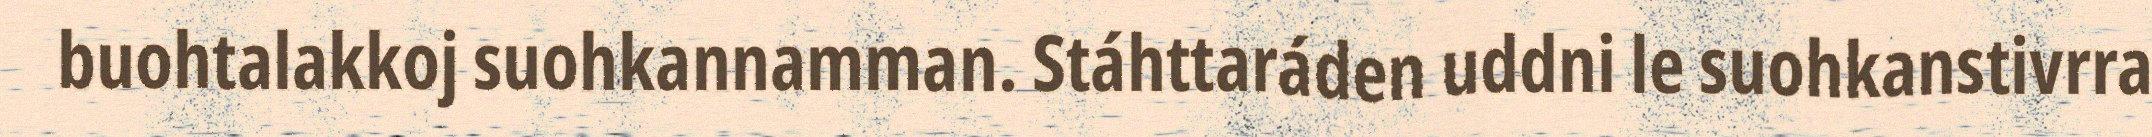
buohtalakkoj suohkannamman. Stáhttaráden uddni le suohkanstivrra